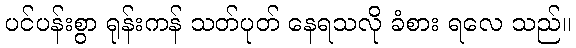
ပင်ပန်းစွာ ရုန်းကန် သတ်ပုတ် နေရသလို ခံစား ရလေ သည်။